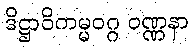
ဒိဋ္ဌာဝိကမ္မဝဂ္ဂ ဝဏ္ဏနာ